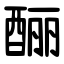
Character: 酾